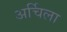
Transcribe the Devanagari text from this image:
अर्चिला